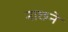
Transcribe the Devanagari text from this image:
नाछने